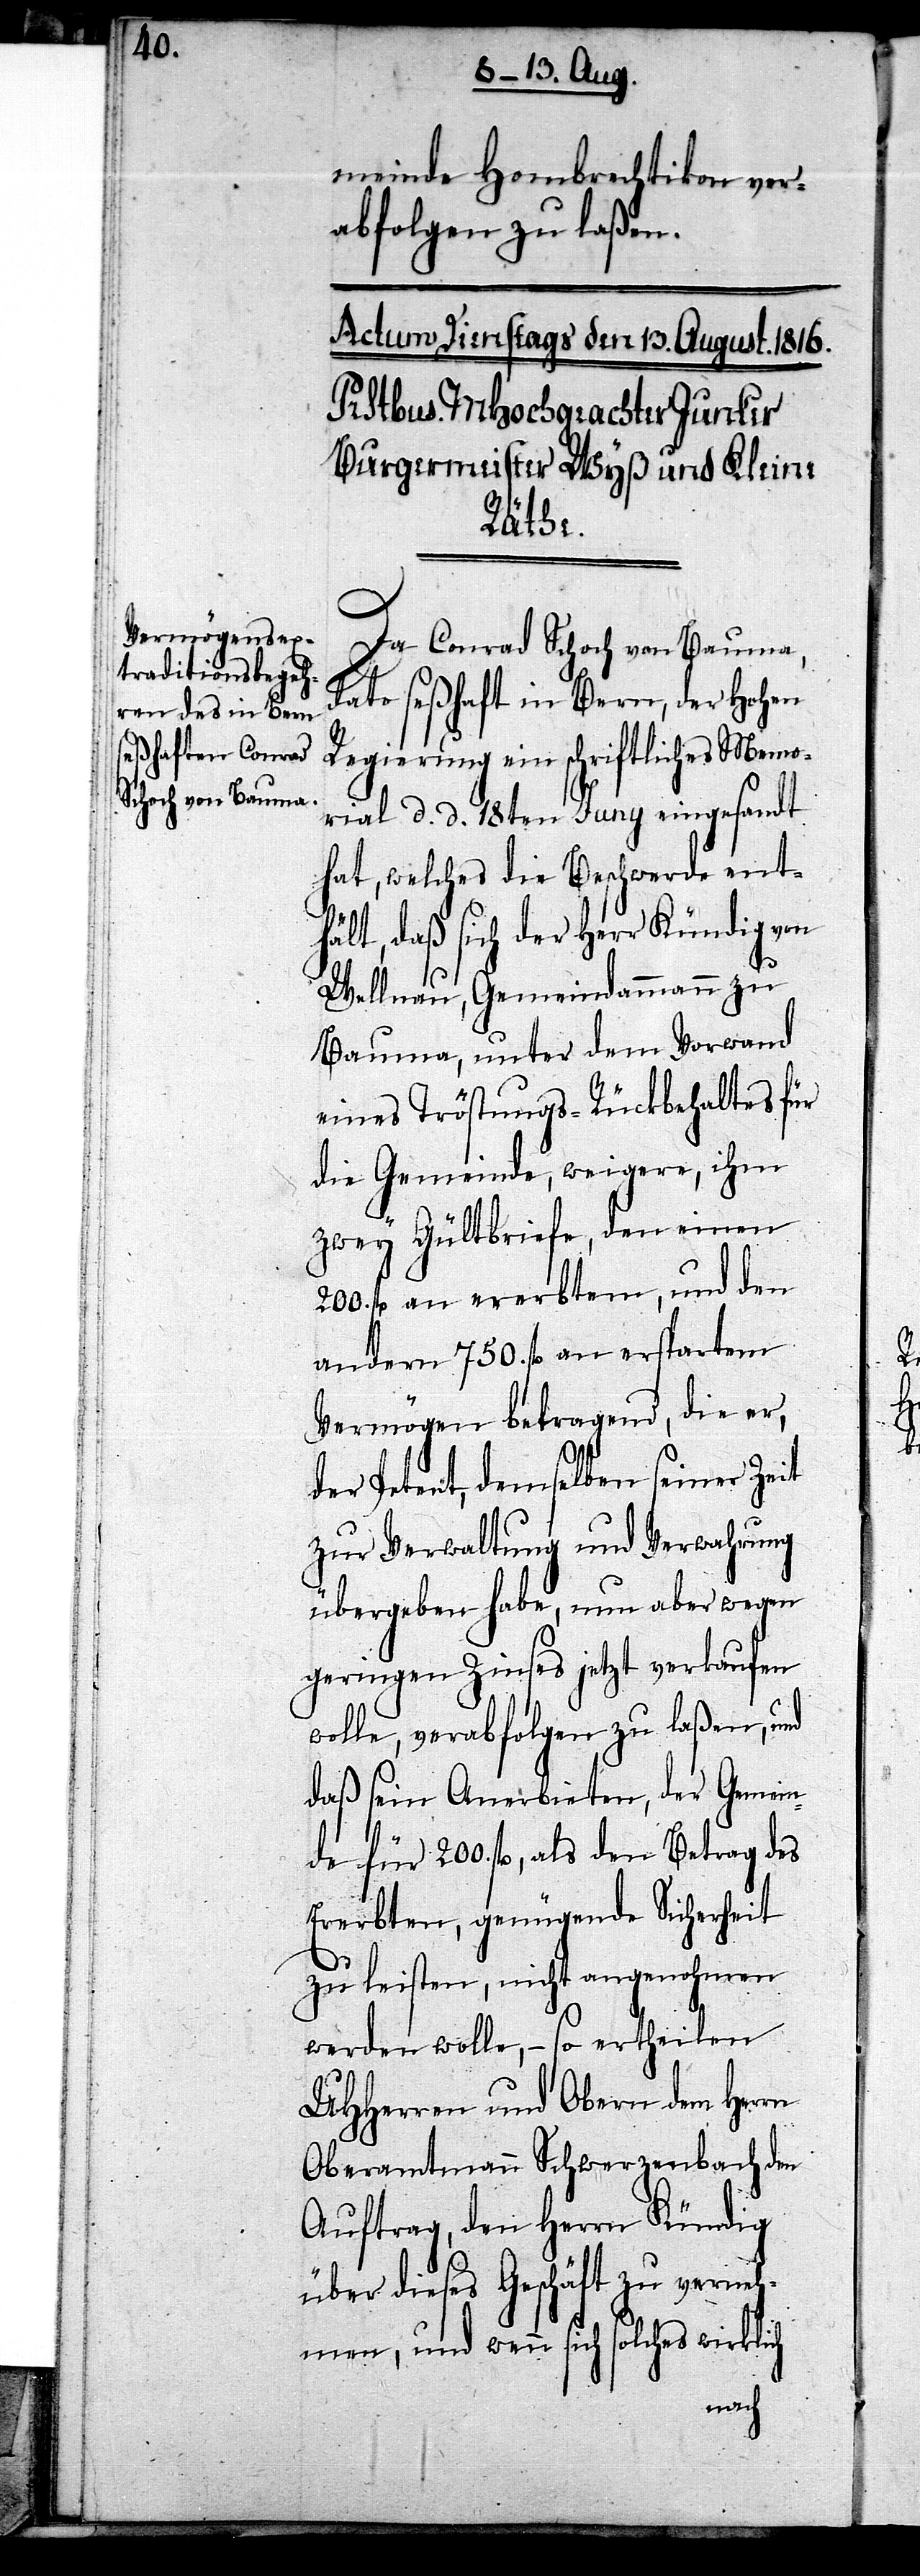
meinde Hombrechtikon ver¬
abfolgen zu laßen.
Da Conrad Schoch von Bauma,
dato seßhaft in Bern, der Hohen
Regierung ein schriftliches Memo¬
rial d. d. 18ten Juny eingesandt
hat, welches die Beschwerde ent¬
hält, daß sich der Herr Kündig von
Wellnau, Gemeindammann zu
Bauma, unter dem Vorwand
eines Tröstungs-Rückbehaltes für
die Gemeinde, weigere, ihm
zwey Gültbriefe, den einen
200. fl an ererbtem, und den
andern 750. fl an erspartem
Vermögen betragend, die er,
der Petent, demselben seiner Zeit
zur Verwaltung und Verwahrung
übergeben habe, nun aber wegen
geringen Zinses jetzt verkaufen
wolle, verabfolgen zu laßen, und
daß sein Anerbieten, der Gemein¬
de für 200. fl, als den Betrag des
Ererbten, genügende Sicherheit
zu leisten, nicht angenohmen
werden wolle, – so ertheilen
UHHerren und Obern dem Herrn
Oberamtmann Schwerzenbach den
Auftrag, den Herrn Kündig
über dieses Geschäft zu verneh¬
men, und wenn sich solches wirklich